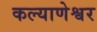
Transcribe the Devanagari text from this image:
कल्याणेश्वर